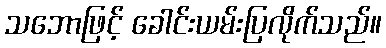
သဘောဖြင့် ခေါင်းယမ်းပြလိုက်သည်။